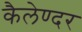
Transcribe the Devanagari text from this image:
कैलेण्दर